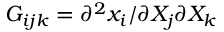
G _ { i j k } = \partial ^ { 2 } x _ { i } / \partial X _ { j } \partial X _ { k }